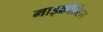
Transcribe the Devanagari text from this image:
माइक्रोजिल